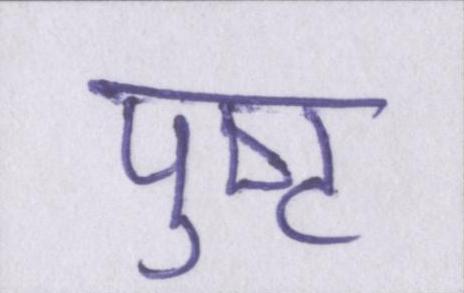
पुष्ट